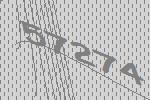
57274